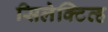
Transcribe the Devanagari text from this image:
सिलेक्टिव्ह